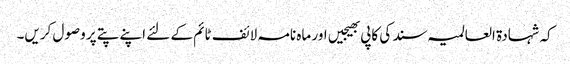
کہ شہادۃ العالمیہ سند کی کاپی بھیجیں اور ماہ نامہ لائف ٹائم کے لئے اپنے پتے پر وصول کریں۔